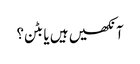
آنکھیں ہیں یا بٹن؟